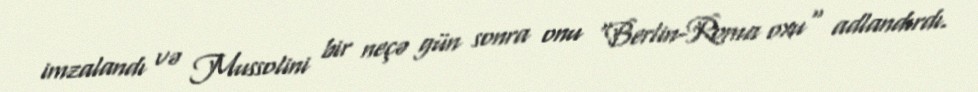
imzalandı və Mussolini bir neçə gün sonra onu "Berlin-Roma oxu" adlandırdı.